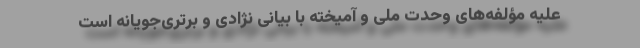
علیه مؤلفه‌های وحدت ملی و آمیخته با بیانی نژادی و برتری‌جویانه است